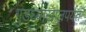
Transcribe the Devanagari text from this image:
गुडघ्याखालपर्यंत